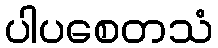
ပါပစေတသံ